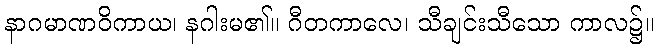
နာဂမာဏဝိကာယ၊ နဂါးမ၏။ ဂီတကာလေ၊ သီချင်းသီသော ကာလ၌။